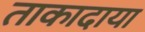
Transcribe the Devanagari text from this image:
ताकादाया